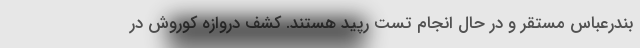
بندرعباس مستقر و در حال انجام تست رپید هستند. کشف دروازه کوروش در